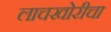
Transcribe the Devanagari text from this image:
लाचखोरीचा